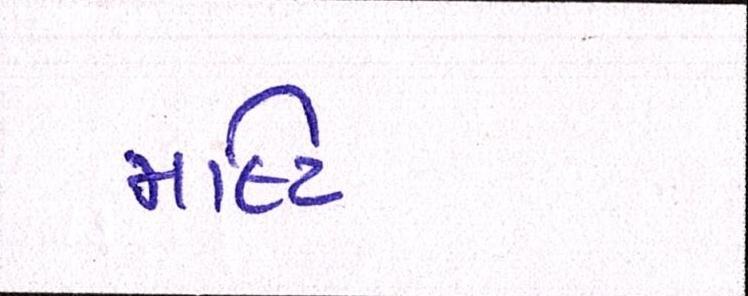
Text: મલ્ટિ